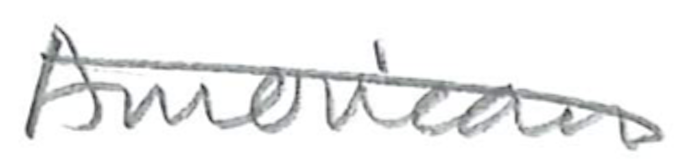
Text: American
Cross-out: diagonal
Writing tool: pencil